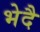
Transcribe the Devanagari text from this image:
भेदै